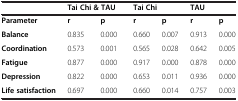
|  | <COLSPAN=2> Tai Chi & TAU | <COLSPAN=2> Tai Chi | <COLSPAN=2> TAU |
 | --- | --- | --- | --- | --- | --- | --- |
 | Parameter | r | p | r | p | r | p |
 | Balance | 0.835 | 0.000 | 0.660 | 0.007 | 0.913 | 0.000 |
 | Coordination | 0.573 | 0.001 | 0.565 | 0.028 | 0.642 | 0.005 |
 | Fatigue | 0.877 | 0.000 | 0.917 | 0.000 | 0.878 | 0.000 |
 | Depression | 0.822 | 0.000 | 0.653 | 0.011 | 0.936 | 0.000 |
 | Life satisfaction | 0.697 | 0.000 | 0.660 | 0.014 | 0.757 | 0.003 |